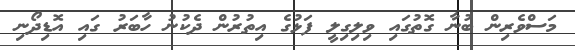
މަސްވެރިން ބުނާ ގޮތުގައި ވިލިގިލީ ފަޅުގެ އިތުރުން ދެކުނު ހާބަރު ގައި އޮޑިދޯނި